Report on horse surra - Volume II, Part II
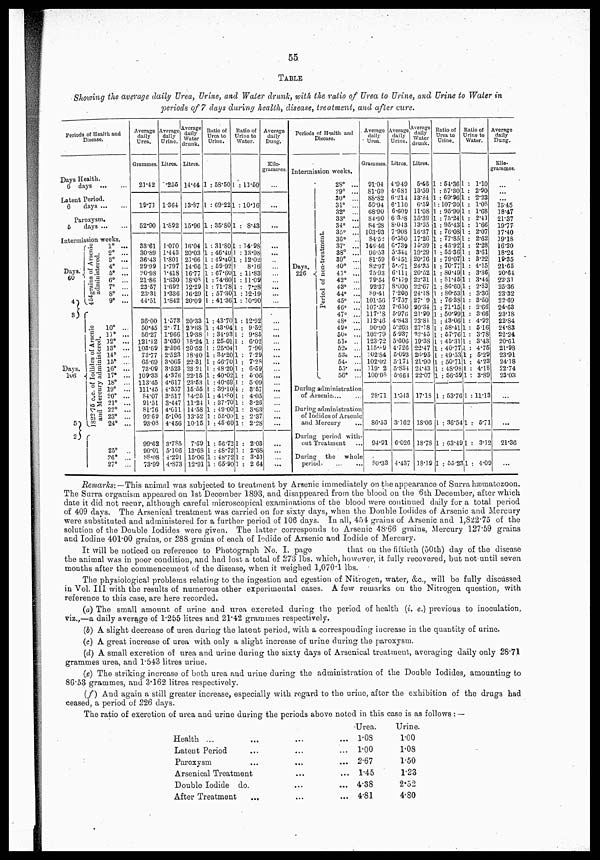
55.
TABLE
Showing the average daily Urea, Urine, and Water drunk, with the ratio of Urea to Urine, and Urine to Water in
periods of 7 days during health, disease, treatment, and after cure.
Periods of Health and
Disease.
Days Health.
6 days
Latent Period.
6
days ...
Paroxysm.
5
days
Intermission weeks.
Days.
60
4 3
Days,
106
5
2 }
{454grains
of Arsenic
administered.
{ 1822.75 c.c. of Iodides of Ar s eni c
and Mer r y administered.
1° ...
2° ...
3° ...
4° ...
5° ...
6° ...
7° ...
8° ...
9° ...
10° ...
11° ...
32° ...
13° ...
14
...
15° ...
16° ...
17° ...
1S° ...
19° ...
20° ...
21°
22° ...
23° ...
24° ...
25°
..
26° ...
27° ...
Average
daily
Urea.
Grammes.
21.42
19.71
52.90
33.61
30.89
36.43
29.99
20.98
21.86
23. 57
23.31
44.51
36.00
50.45
56.27
121.12
103.69
73.77
65.69
73.09
109.33
113.45
111.45
84.07
91.51
81.76
92.69
93.08
99.62
90.01
88.08
73.99
Average
daily Urea.
Litres.
255
1.364
1.892
1.070
1.443
1.801
1.797
1.418
1.630
1.692
1.336
1.842
1.573
2.7l
1.966
3.030
2.596
2.523
3.065
3.523
4.376
4.617
4.357
3.517
3.447
4.011
5.106
4.456
3.785
5.106
4.291
4.873
Average
daily W a ter
drunk.
Litres.
14.44
13.87
15.96
16.04
20.03
21.66
14.66
16.77
18.08
12.29
16.29
20.09
20.33
20.68
19.38
18.24
20.52
18.40
22.31
23.21
22.15
23.53
15.55
14.25
11.24
14.58
13.52
10.15
7.69
13.68
15.06
12.91
Ratio of
Urea to
Urine
1 : 58.50
1 : 69.22
1 : 35.80
1 : 31.80
1 : 46.40
1 : 49.40
1 : 59.92
1 : 67.60
1 : 74.60
1 : 71.78
1 : 57.30
1 : 41.36
1 : 43.70
1 : 43.04
1 : 34.93
1 : 25.01
1 : 25.04
1 : 34.20
1 : 46.70
1 : 48.20
1 ; 40.02
1 :40.69
1 : 39.10
1 :4l.80
1 : 37.70
1 : 49 .00
1 : 56.00
1 :45.60
1 : 56.72
1 : 48.72
1 : 48.75
1 : 65.90
Ratio of
Urine to
Water.
1 : 11.50
1 : 10.16
1 : 8.43
1 : 34.98
1 : 13.98
1 : 12.02
1
8.16
1 : 11.83
1 : 11.09
1 : 7.28
1 : 12.19
1 : 10.90
1 :. 12.92
1 : 9.52
1 : 9.85
1 : 6.02
1
7.90
1 : 7.29
1 : 7.28
1 : 6.59
1 : 6.06
1 : 5.09
4 : 3.57
1 : 4.05
1 : 3.26
1 : 3.63
1 : 2.37
1 : 2.28
1 : 2.03
1 : 2.68
1 : 3.51
1 : 2 64
Average
daily
Dung.
Kilo-
grammes.
...
...
...
...
...
...
...
...
...
...
...
...
...
...
Periods of Health and
Discase.
Intermission weeks.
Days.
226
period of non-
treatment
28° ...
29° ...
30° ...
31° ...
32° ...
33° ...
34° ...
35° ...
36°
..
37° ...
38° ...
39° ...
40° ...
41° ...
42°
43° ...
44° ...
45° ...
46° ...
47° ...
48° ...
49° ...
50° ...
51° ..
52° ...
53° ...
54° ...
55° ...
56° ...
During administration
of Arsenic...
During administration
of Iodides of Arsenin
and Mercury
During period with
out Treatment
During
the whole
period
Average
daily
Grammes.
91.04
81.09
88.82
50.94
68.90
84.90
84.28
103.93
84.52
146..46
96.53
81.59
82.97
75.93
79.54
92.37
89.41
101.56
107.52
117.18 112.46
90.90
102.79
123.72
115.89
102.84
102.02
119. 2
100.08
28.71
86.53
94.91
80.33
Average
daily
Urine.
Litres.
4.949
4.681
6.214
6.110
6.609
6.388
8.043
7.908
6.580
6.739
5.344
6.451
5.371
6.111
6.479
8.000
7.200
7.757
7.650
5.976
4.843
5.263
5.937
5.606
4.726
5.093
5.174
5.834
5.664
1.543
3.162
6.026
4.437
Average
daily
Water
drunk.
Litres.
5.46
13.59
13.84
6.59
11.08
15.39
13.35
16.37
17.26
15.39
19.29
20.76
24.35
20.52
22.31
22.67
24.18
27.19
20.34
21.90
23-84
27.18
92.45
19.38
22.47
26.95
21.90
24.43
22.07
17.18
18.06
18.78
38.19
Ratio of
Urea to
Urine.
1 : 54.36
1 : 57.30
1 : 69.96
1 : 107.30
1 : 95.90
1 : 75.24
1 : 95.43
1 : 76.08
1 : 77.85
1 : 45.92
1 : 55.36
1 : 79.07
1 : 70.77
1 : 80.49
1 : 81.45
1 : 86.60
1 : 80.53
1 : 76.38
1. : 71.15
1 : 50.99
1 : 43.06
1 : 58.41
1 : 57.76
1 : 46.31
1 : 40.77
1 : 49.53
1: 50.71
1 : 48.98
1 : 56.59
1 : 53.76
1 : 36.54
1 : 63.49
1 : 55.23
Ratio of
Urine to
Water.
1 : 1.10
1 : 2.90
1 : 2.23
1 : 1.08
1 : 1.68
1 : 2.41
1 : 1.66
1 : 2.07
1 : 2.62
1 : 2.28
1 : 3.61
1 : 3.22
1 : 4.15
1 : 3.36
1 : 3.44
1 : 2.83
1 : 3.36
1 : 3.50
1 : 2.66
1 : 3.66
1 : 4.92
1 : 5.16
1 : 3.78
1 : 3.43
1 : 4.75
1 ; 5.29
1 : 4.23
1 : 4.l8
1 : 3.89
1 : 11.13
1 : 5.71
1 : 3.12
51 : 4.09
Average
daily
Dung.
Kilo-
grammes.
...
...
...
15.45
18.47
21.37
19.77
17.40
39.18
16.20
18.24
19.35
21.65
20.64
22.31
25.36
23.32
22.69
24.63
23.18
22.84
24.83
22.24
20.61
21.98
23.91
24.18
22.74
23.03
21.36
Remarks:— This animal was subjected to treatment by Arsenic immediately on the appearance of Surra hæmatozoon.
The Surra organism appeared on 1st December 1893, and disappeared from the blood, on the 6th December, after which
date it did not recur, although careful microscopical examinations of the blood were continued daily for a total period
of 409 days. The Arsenical treatment was carried on for sixty days, when the Double Iodides of Arsenic and Mercury
were substituted and administered for a further period of 106 days. In all, 454 grains of Arsenic and 1,822.75 of the
solution of the Double Iodides were given. The latter corresponds to Arsenic 48.66 grains, Mercury 127.59 grains
and Iodine 401.00 grains, or 288 grains of each of Iodide of Arsenic and Iodide of Mercury.
It will be noticed on reference to Photograph No. I. page
that on the fiftieth (50th) day of the disease
the animal was in poor condition, and had lost a total of 273 lbs. which, however, it fully recovered, but not until seven
months after the commencement of the disease, when it weighed 1,070.1 lbs.
The physiological problems relating to the ingestion and egestion of Nitrogen, water, &c, will be fully discussed
in Vol. III with the results of numerous other experimental cases. A few remarks on the Nitrogen question, with
reference to this case, are here recorded.
(a) The small amount of urine and urea excreted during the period of health (i. e.) previous to inoculation,
viz.,—a daily average of 1.255 litres and 21.42 grammes respectively.
(i) A slight decrease of urea during the latent period, with a corresponding increase in the quantity of urine.
(c) A great increase of urea with only a slight increase of urine during the paroxysm.
(d) A small excretion of urea and urine during the sixty days of Arsenical treatment, averaging daily only 28.71
grammes urea, and 1.543 litres urine.
(e) The striking increase of both urea and urine during the administration of the Double Iodides, amounting to
86.53 grammes, and 3.162 litres respectively.
(f) And again a still greater increase, especially with regard to the urine, after the exhibition of the drugs had
ceased, a period of 226 days.
The ratio of excretion of urea and urine during the periods above noted in this case is as follows : —
Health ...
Latent Period
Paroxysm
Arsenical Treatment
Double Iodide do.
After Treatment
..,
Urea.
... 1.08
... 1.00
... 2.67
... 1.45
... 4.38
... 4.81
Urine.
1.00
1.08
1.50
1.23
2.52
4.80